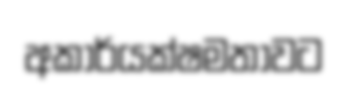
අකාර්යක්ෂමතාවට